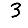
Digit: 3